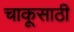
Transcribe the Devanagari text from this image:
चाकूसाठी